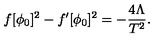
f [ \phi _ { 0 } ] ^ { 2 } - f ^ { \prime } [ \phi _ { 0 } ] ^ { 2 } = - \frac { 4 \Lambda } { T ^ { 2 } } .